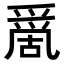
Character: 𠾄